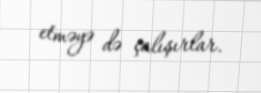
etməyə də çalışırlar.